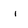
Character: I